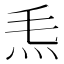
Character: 𤆬